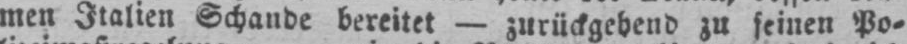
men Italien Schande bereitet - zurückgehend zu seinen Po⸗